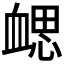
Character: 𧗂